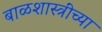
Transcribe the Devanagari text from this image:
बाळशास्त्रींच्या